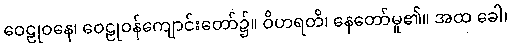
ဝေဠုဝနေ၊ ဝေဠုဝန်ကျောင်းတော်၌။ ဝိဟရတိ၊ နေတော်မူ၏။ အထ ခေါ၊